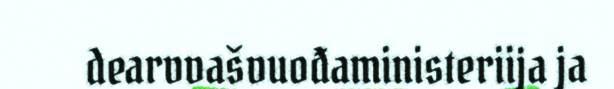
dearvvašvuođaministeriija ja